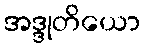
အဒ္ဒုတိယော